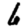
Digit: 6